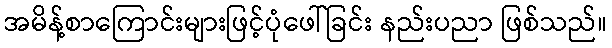
အမိန့်စာကြောင်းများဖြင့်ပုံဖေါ်ခြင်း နည်းပညာ ဖြစ်သည်။